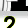
Digit: 2